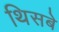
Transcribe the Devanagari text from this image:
थिसबे